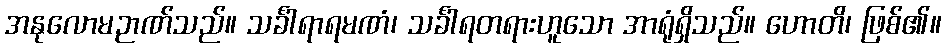
အနုလောမဉာဏ်သည်။ သင်္ခါရာရမဏံ၊ သင်္ခါရတရားဟူသော အာရုံရှိသည်။ ဟောတိ၊ ဖြစ်၏။